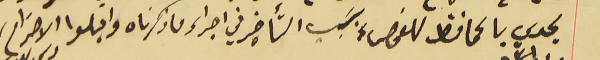
يجدي بالمحافظ للفحص بسَبب التأخير في اجراء ما ذكرناه واقبلوا الاحترام فى ٣